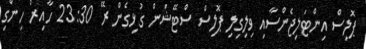
ޕޮލިސް އިންޓަލިޖެންސާއި ވިލިގިލި ޕޮލިސް ސްޓޭޝަން ގުޅިގެން ރޭ 23:30 ހާއިރު ހިންގި